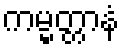
ကမ္မတ္တာနံ